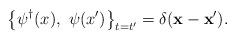
LaTeX: \begin{align*}\left\{\psi^{\dagger}(x),~\psi(x')\right\}_{t=t'}=\delta({\bf x}-{\bf x}').\end{align*}